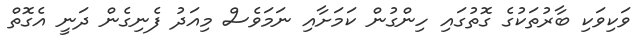
ވަކިވަކި ބާރުތަކުގެ ގޮތުގައި ހިންގުން ކަމަށާއި ނަމަވެސް މިއަދު ފެނިގެން ދަނީ އެގޮތް